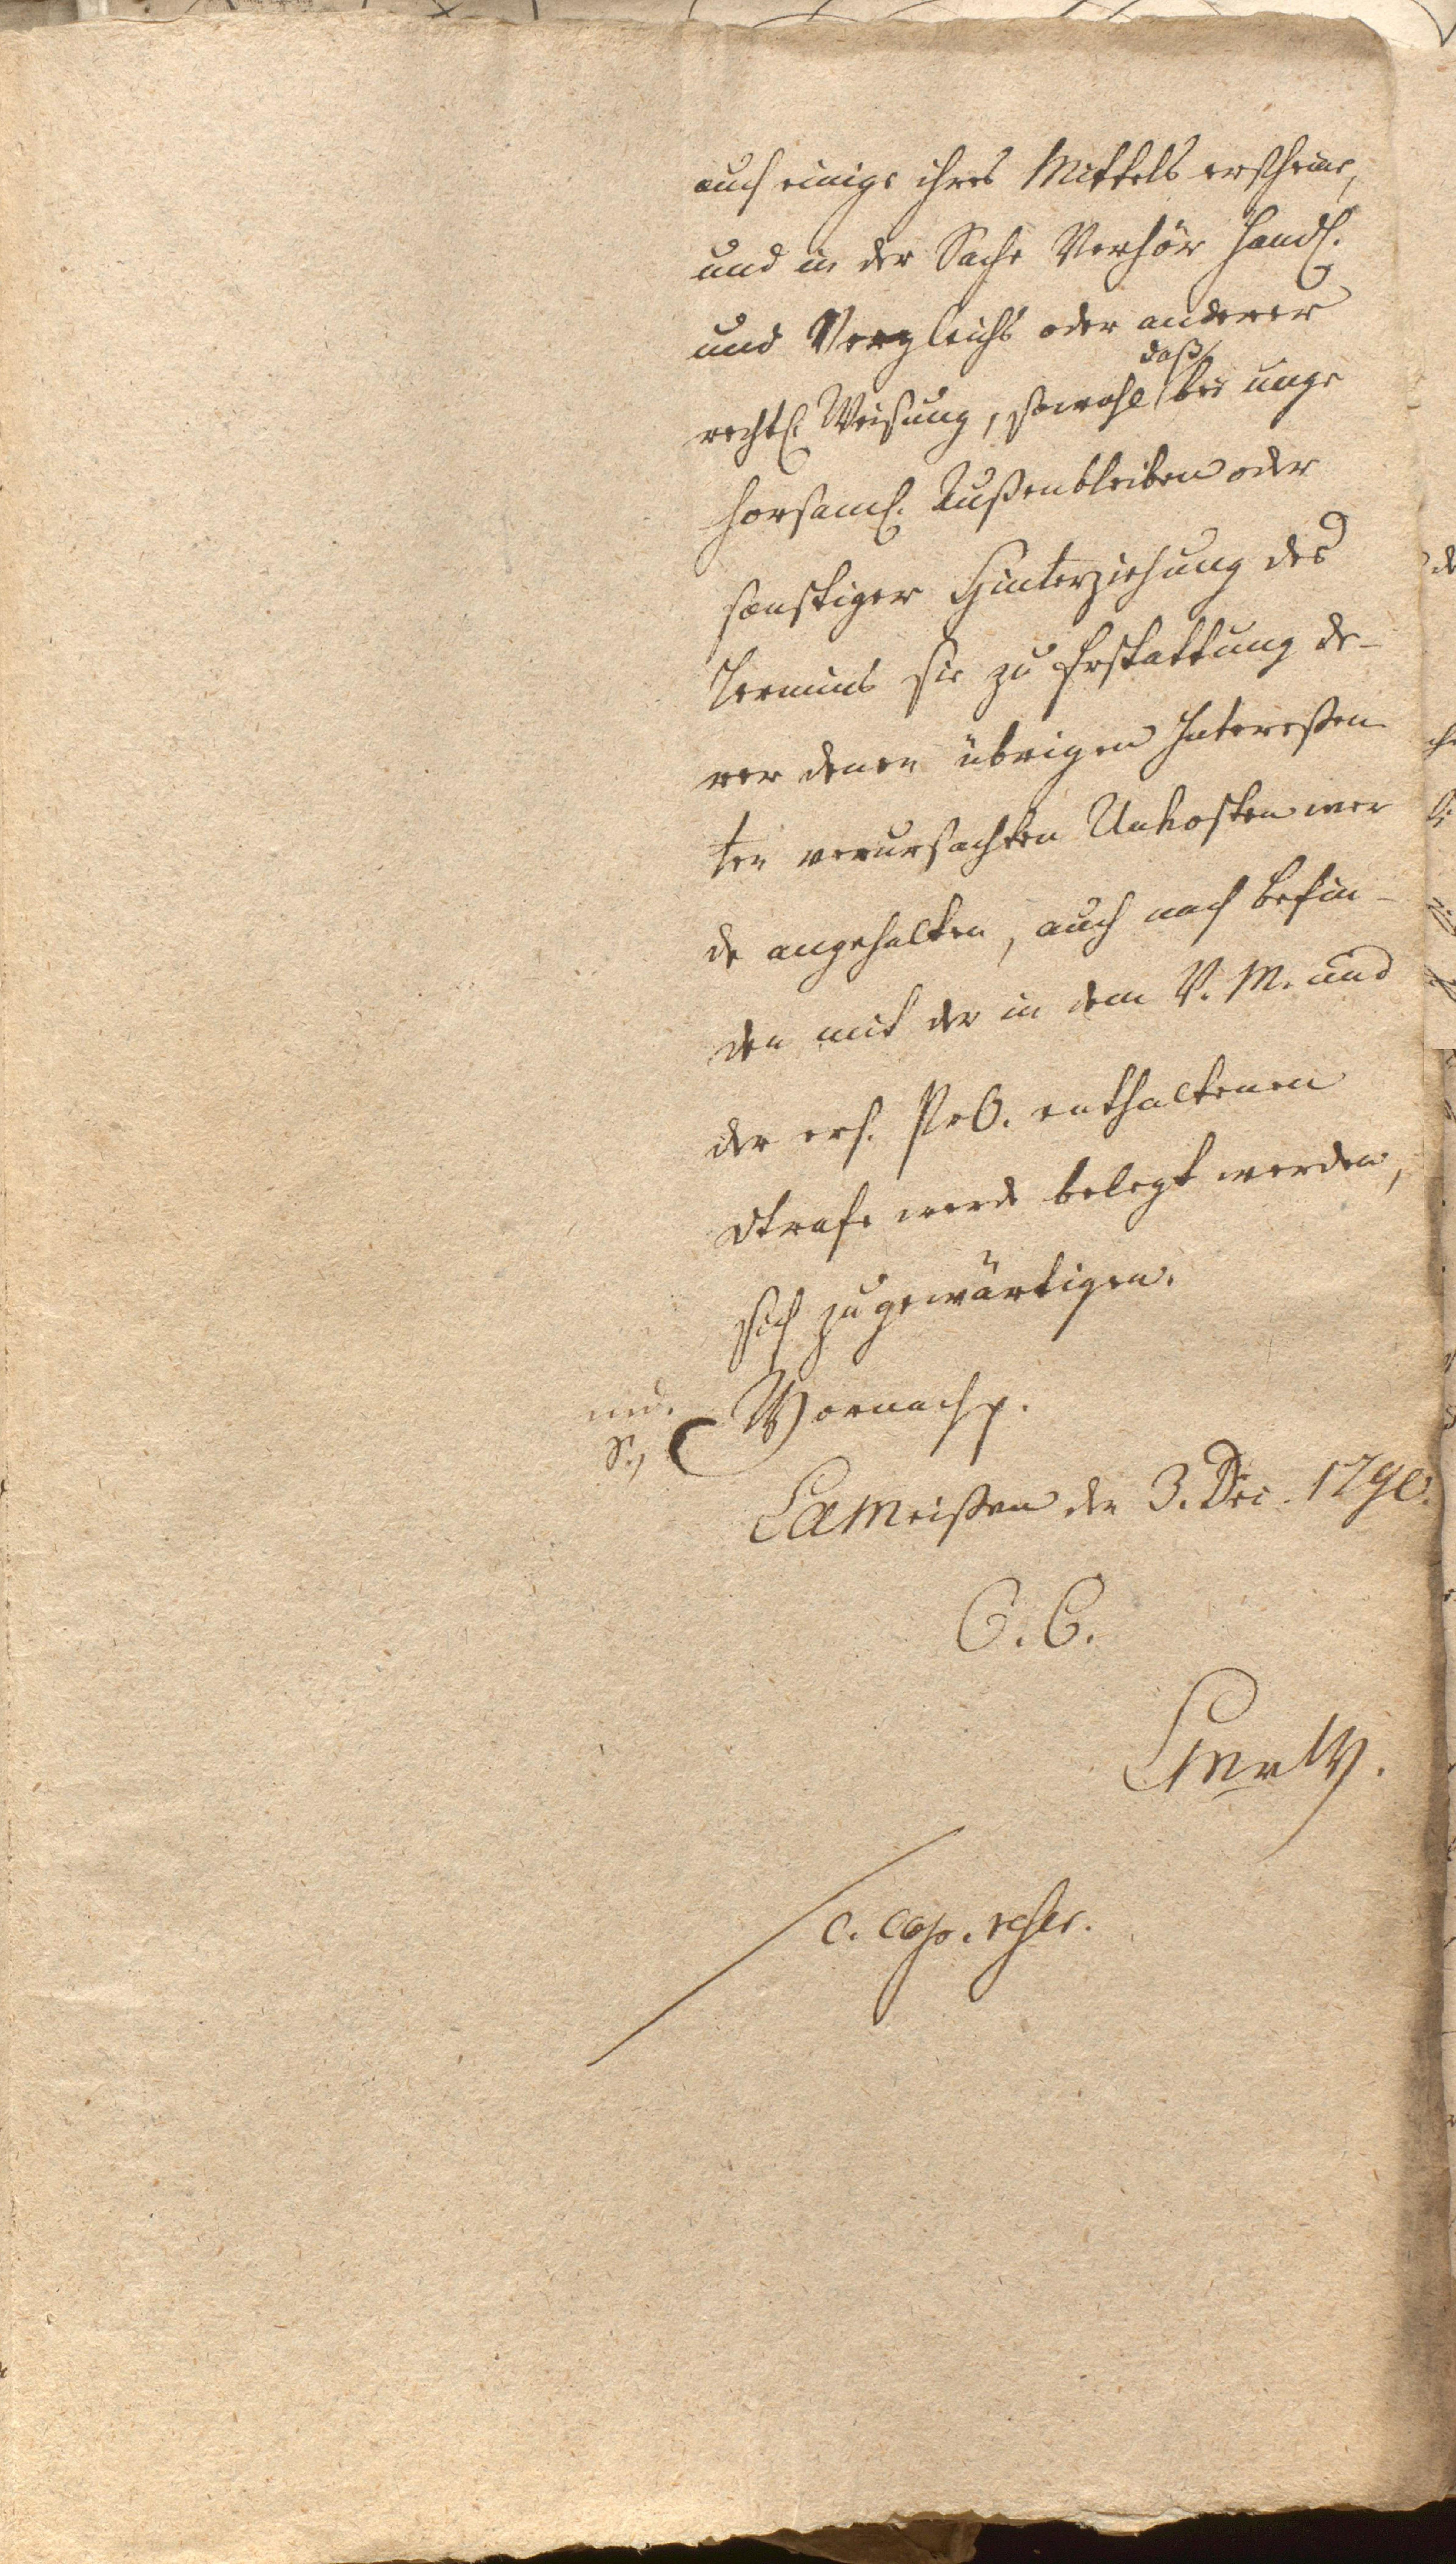
auch einigs ihres Mittels erschruer
und in der Sache Verhör handt¬
und Vergleichs oder anderer
des
rechts Weisung, sowohl, bir unge
horsamf. Außenbleiben oder
sonstiger Kinterziehung des
Vormint sie zu Erstattung de
ver denen übrigen Interesen
ter verursachten Unhosten wor
de angehalten auch nach Befün
den mit der in dem V. M. und
der erf. Nrb. enthaltenen
Strafe wirde belegt werden.
sich zugewärtigen.
z Vornachg.
CAMeißen de 3. Dri 129l
a6. Seel
. Coto. tefer.